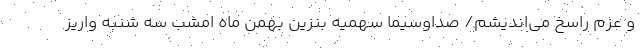
و عزم راسخ می‌اندیشم/ صداوسیما سهمیه بنزین بهمن ماه امشب سه شنبه واریز